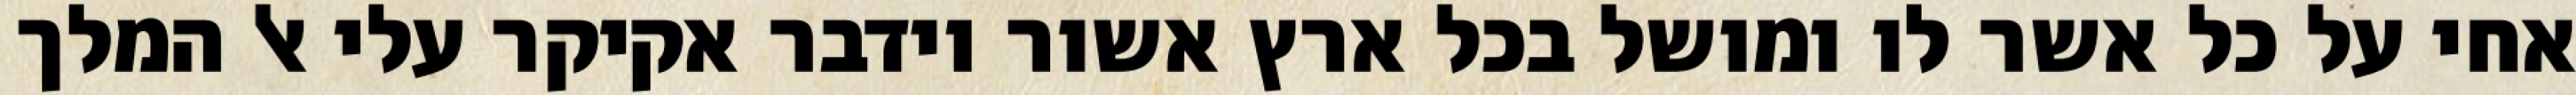
אחי על כל אשר לו ומושל בכל ארץ אשור וידבר אקיקר עלי אל המלך